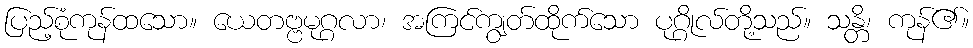
ပြည့်စုံကုန်ထသော။ ယေတဗ္ဗမုဂ္ဂလာ၊ အကြင်ကျွတ်ထိုက်သော ပုဂ္ဂိုလ်တို့သည်။ သန္တိ၊ ကုန်၏။